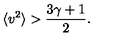
\langle v ^ { 2 } \rangle > \frac { 3 \gamma + 1 } { 2 } .